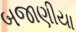
બજાણીયા